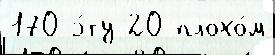
170 э́ту 20 плохо́м